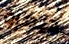
ديفرو